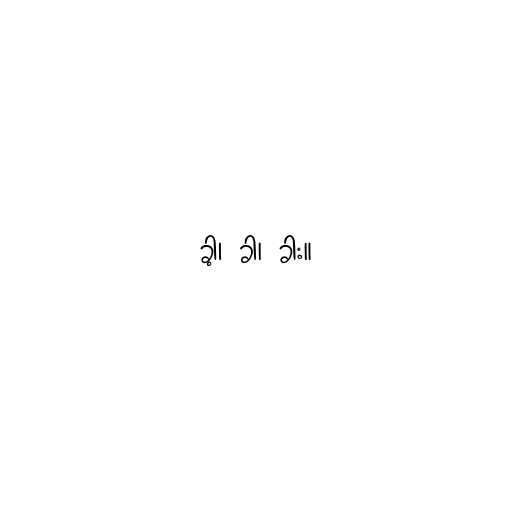
ခါ့၊ ခါ၊ ခါး။